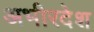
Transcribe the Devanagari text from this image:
अभीरदेश